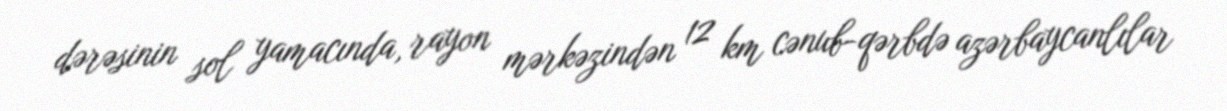
dərəsinin sol yamacında, rayon mərkəzindən 12 km cənub-qərbdə azərbaycanlılar